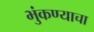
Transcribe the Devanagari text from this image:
भुंकण्याचा